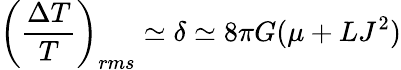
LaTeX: \left(\frac{\Delta T}{T}\right)_{rms}\simeq\delta\simeq 8\pi G(\mu+LJ^{2})